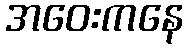
အဝေးကနေ